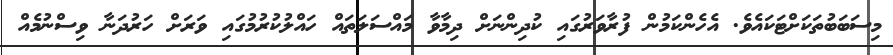
މިސަބަބުތަކަށްޓަކައެވެ. އެހެންކަމުން ފުރާވަރުގައި ކުދިންނަށް ދިމާވާ މައްސަލަތައް ހައްލުކުރުމުގައި ވަރަށް ހަރުދަނާ ވިސްނުމެއް